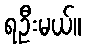
ရဦးမယ်။